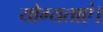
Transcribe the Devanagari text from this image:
योग्यताएं।